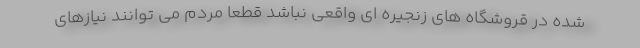
شده در قروشگاه های زنجیره ای واقعی نباشد قطعا مردم می توانند نیازهای